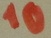
Text: 10